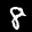
Label: 8